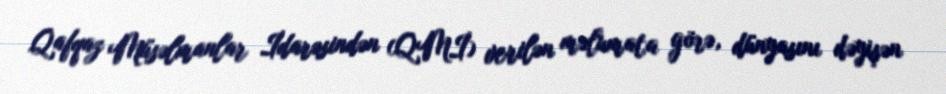
Qafqaz Müsəlmanlar İdarəsindən (QMİ) verilən məlumata görə, dünyasını dəyişən